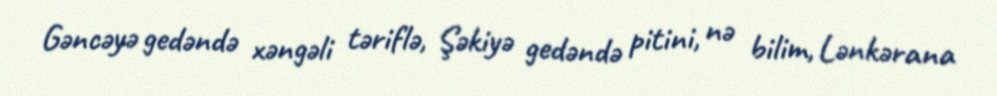
Gəncəyə gedəndə xəngəli təriflə, Şəkiyə gedəndə pitini, nə bilim, Lənkərana